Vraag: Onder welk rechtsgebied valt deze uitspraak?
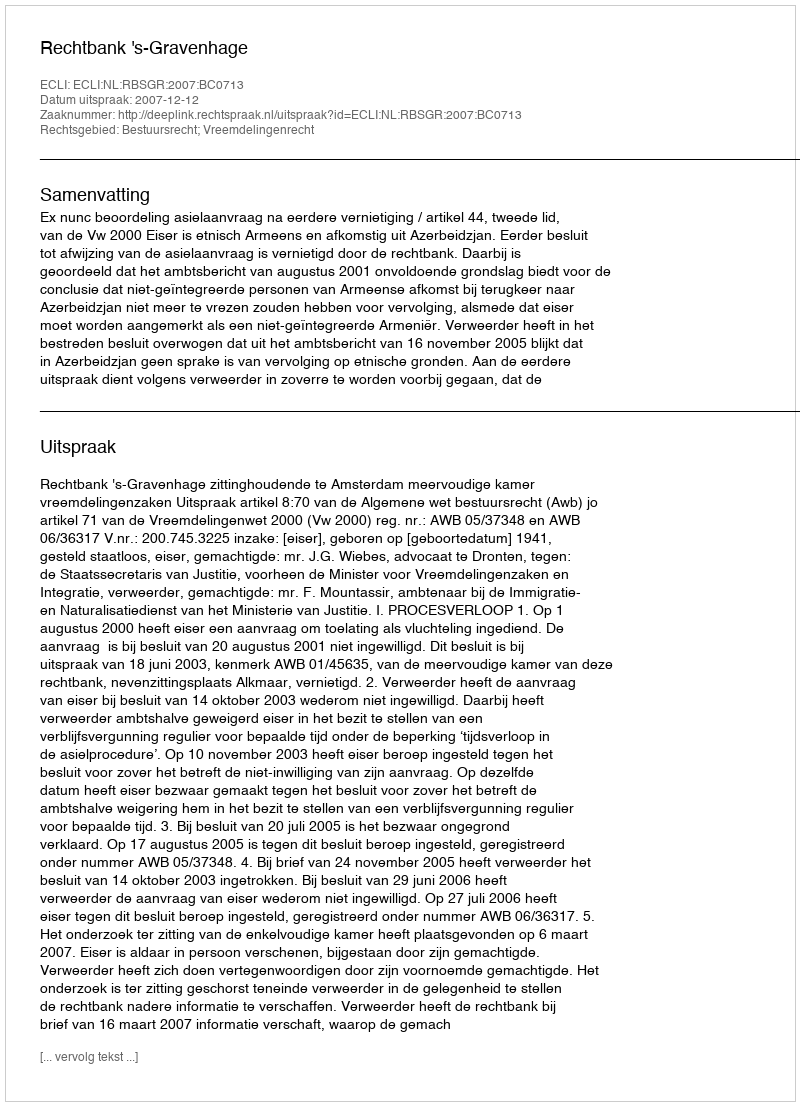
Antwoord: Bestuursrecht; Vreemdelingenrecht